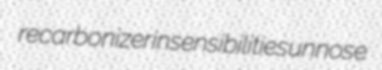
recarbonizer insensibilities unnose